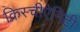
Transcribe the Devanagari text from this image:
क्रिस्चीऐनिटी